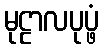
မုဠာလပုပ္ဖံ